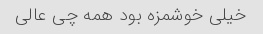
خیلی خوشمزه بود همه چی عالی